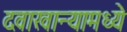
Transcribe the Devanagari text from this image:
दवाखान्यामध्ये